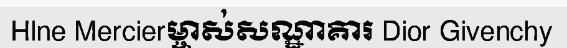
Hlne Mercierម្ចាស់សណ្ឋាគារ Dior Givenchy